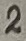
Text: 2